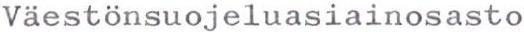
Väestönsuojeluasiainosasto